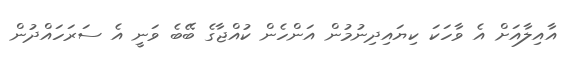
އާއިލާއަށް އެ ވާހަކަ ކިޔައިދިނުމުން އަންހެން ކުއްޖާގެ ބޭބެ ވަނީ އެ ސަރަހައްދުން